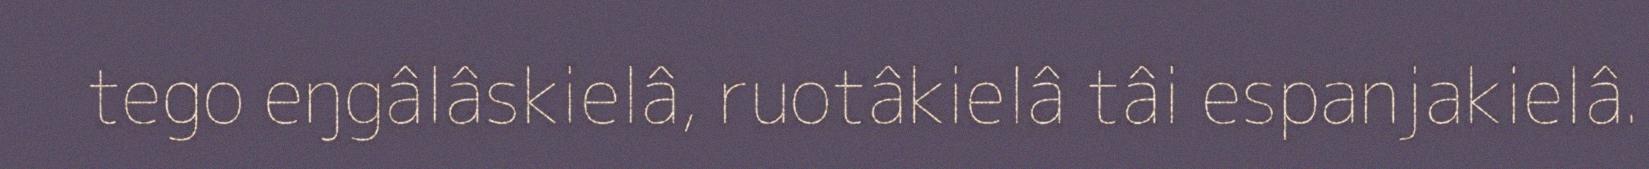
tego eŋgâlâskielâ, ruotâkielâ tâi espanjakielâ.